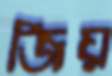
জিয়